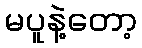
မပူနဲ့တော့